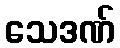
သေဒဏ်